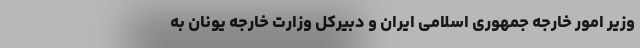
وزیر امور خارجه جمهوری اسلامی ایران و دبیرکل وزارت خارجه یونان به